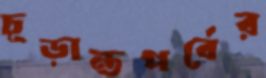
চূড়ান্তপর্বের